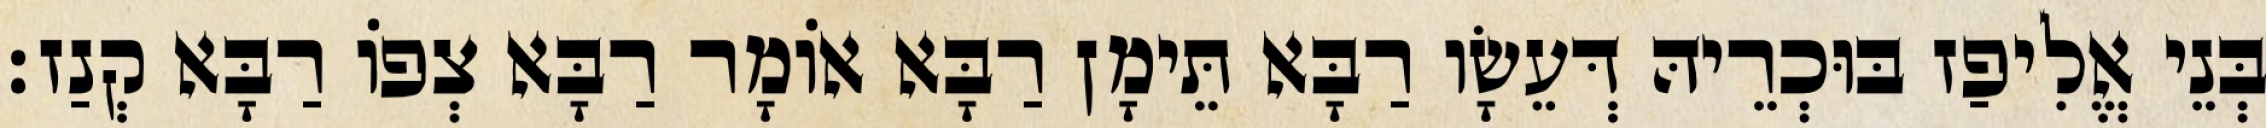
בְּנֵי אֱלִיפַז בּוּכְרֵיהּ דְּעֵשָׂו רַבָּא תֵּימָן רַבָּא אוֹמָר רַבָּא צְפוֹ רַבָּא קְנַז׃